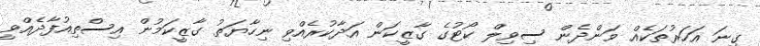
ގިނަ އަހަރުތަކެއް ވަންދެން ސިވިލް ކޯޓުގެ ގާޒީކަން އަދާކުރެއްވި ނިހާޔަތު ގާޒީކަމުން އިސްތިއުފާދެއްވީ